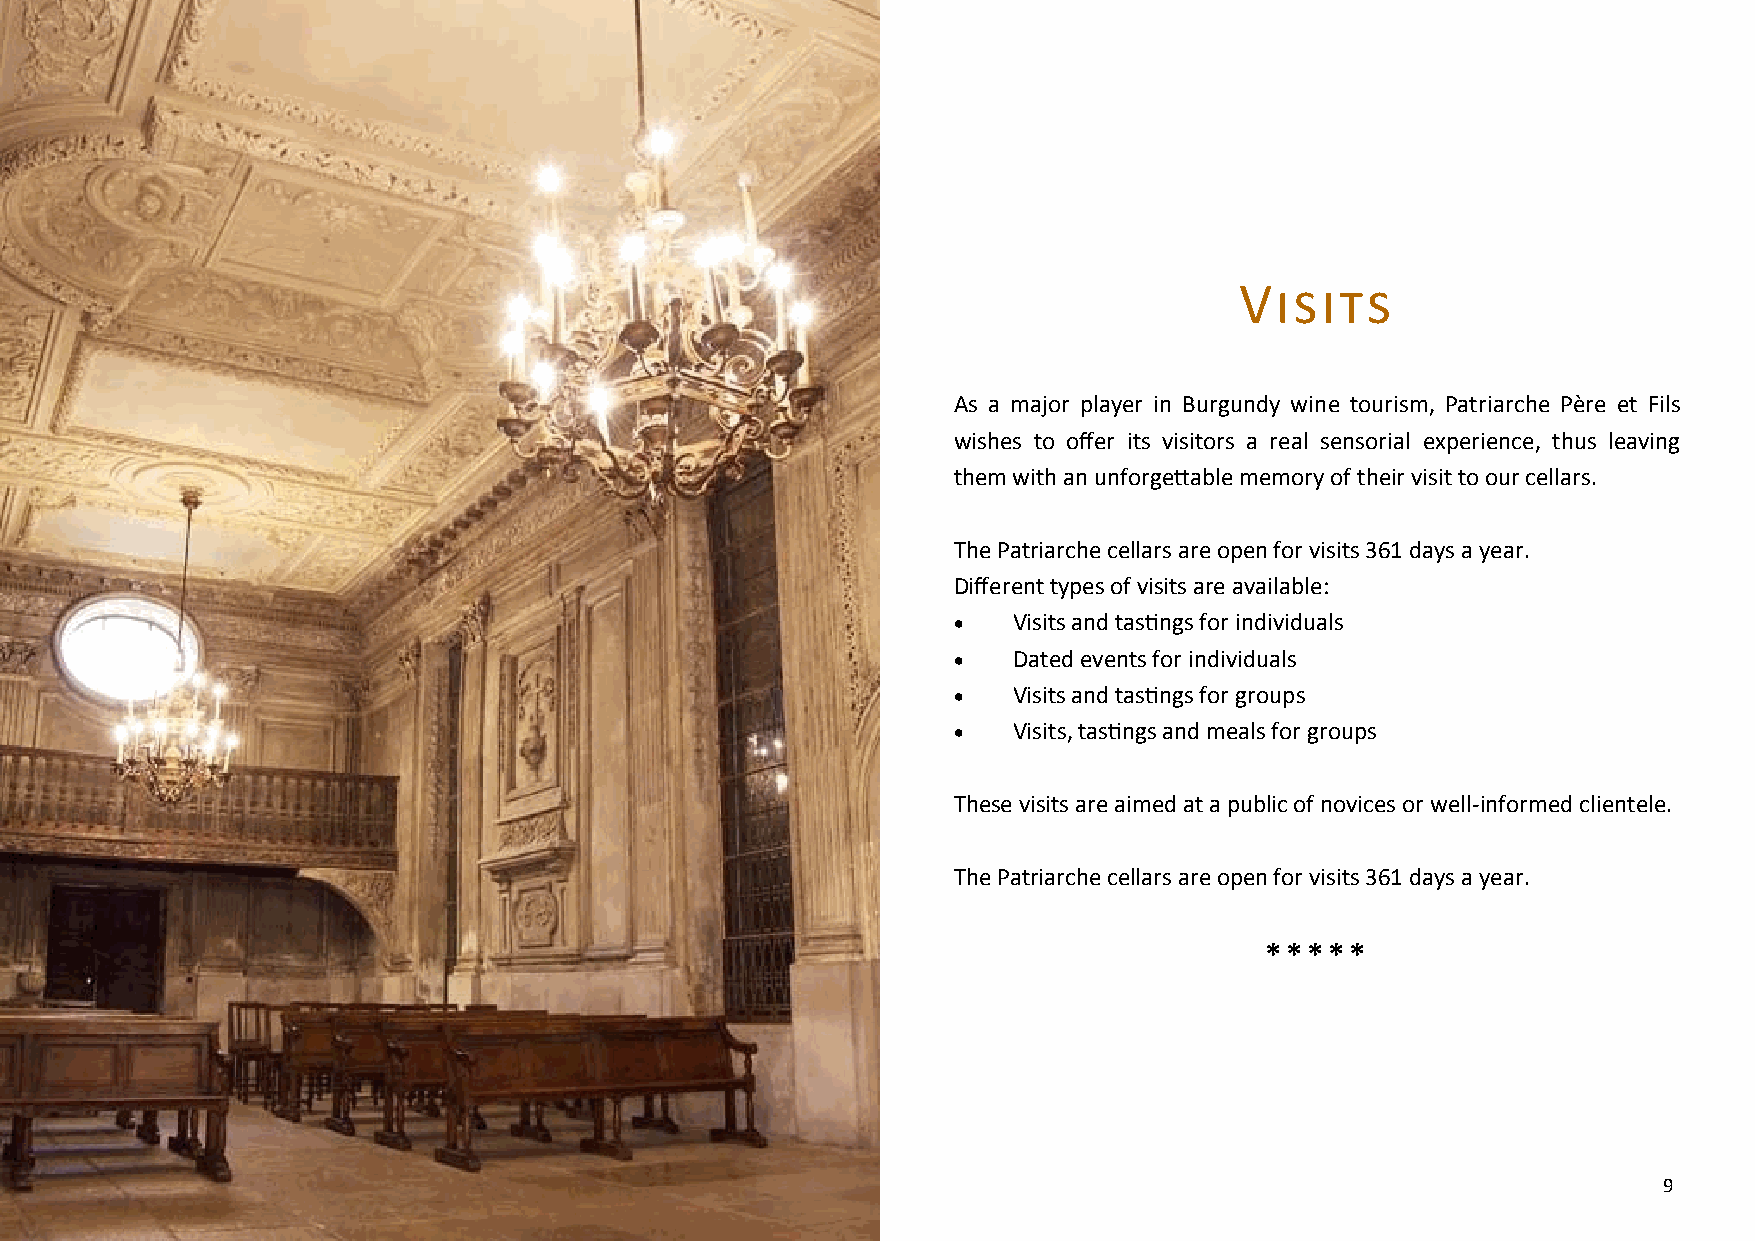
Visits
 As a major player in Burgundy wine tourism, Patriarche Père et Fils
 wishes to offer its visitors a real sensorial experience, thus leaving
 them with an unforgettable memory of their visit to our cellars.
 The Patriarche cellars are open for visits 361 days a year.
 Different types of visits are available:
    Visits and tastings for individuals
    Dated events for individuals
    Visits and tastings for groups
    Visits, tastings and meals for groups
 These visits are aimed at a public of novices or well-informed clientele.
 The Patriarche cellars are open for visits 361 days a year.
 *****
 9